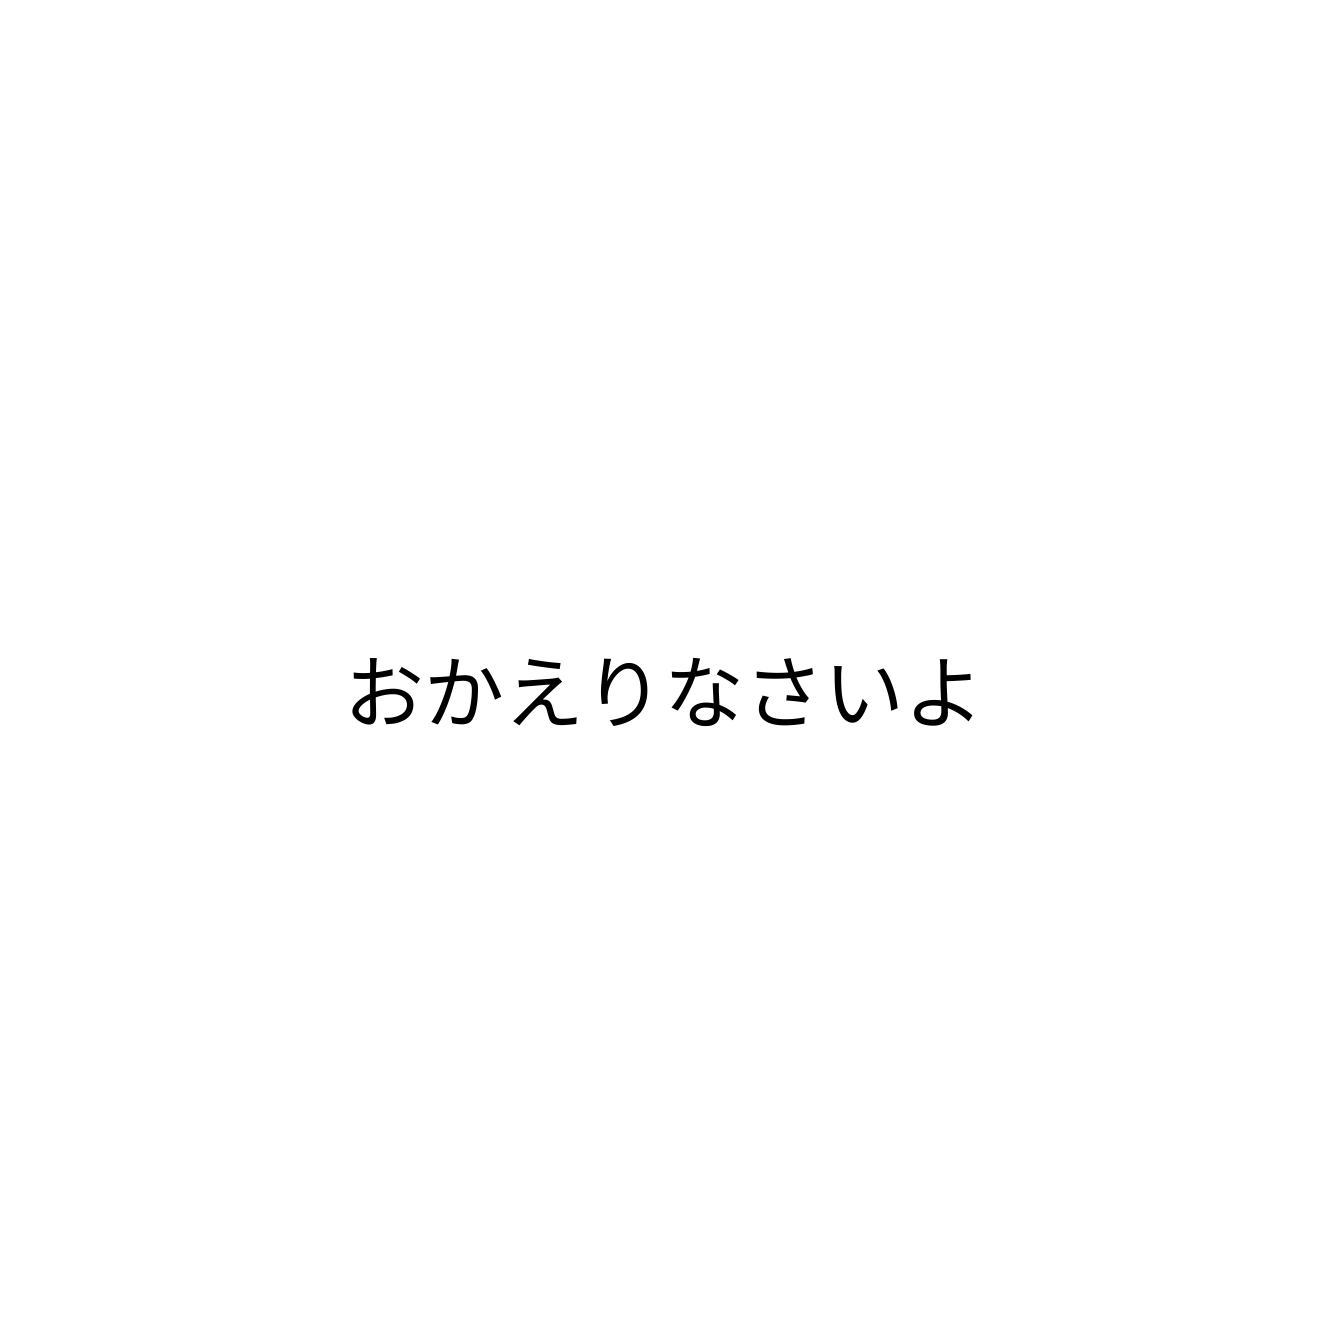
おかえりなさいよ